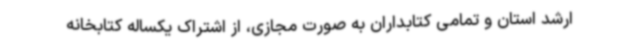
ارشد استان و تمامی کتابداران به صورت مجازی، از اشتراک یکساله کتابخانه